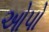
ઓપો